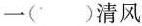
一()清风